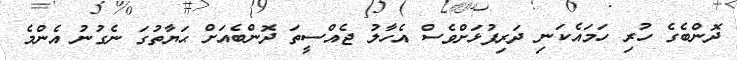
ދޮންބެގެ ހުރި ހަމައެކަނި ދަރިފުޅަށްވެސް އެހާލު ޖެއްސީތަ ދޮންބެއަށް ޙަޔާތުގަ ނެގުނު އެންމެ